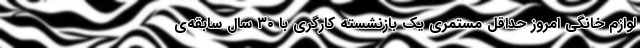
لوازم خانگی امروز حداقل مستمریِ یک بازنشسته کارگری با ۳۰ سال سابقه‌ی